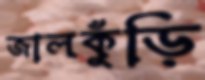
জালকুঁড়ি